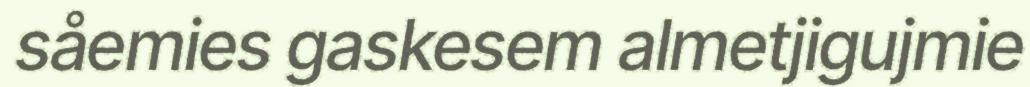
såemies gaskesem almetjigujmie